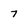
Character: 7